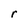
Character: r